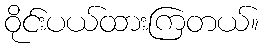
ဝိုင်းပယ်ထားကြတယ်။